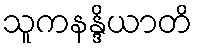
သူကနန္ဒိယာတိ